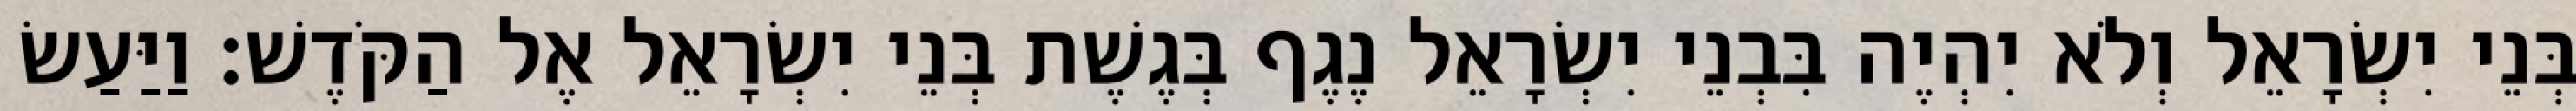
בְּנֵי יִשְׂרָאֵל וְלֹא יִהְיֶה בִּבְנֵי יִשְׂרָאֵל נֶגֶף בְּגֶשֶׁת בְּנֵי יִשְׂרָאֵל אֶל הַקֹּדֶשׁ׃ וַיַּעַשׂ